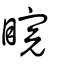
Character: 睆